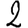
Digit: 2